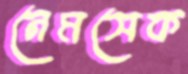
নেমসেক